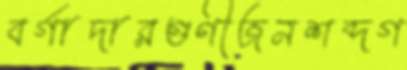
বর্গাদারগুণীজনশব্দগ